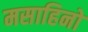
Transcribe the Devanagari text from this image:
मसाहिनो